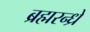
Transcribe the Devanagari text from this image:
ब्रह्मरन्ध्रे